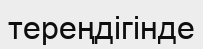
тереңдігінде